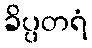
ခိပ္ပတရံ